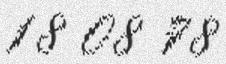
18 08 78